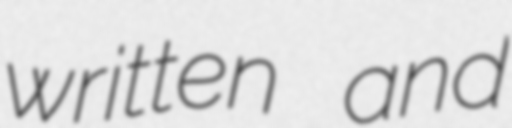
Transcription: written and